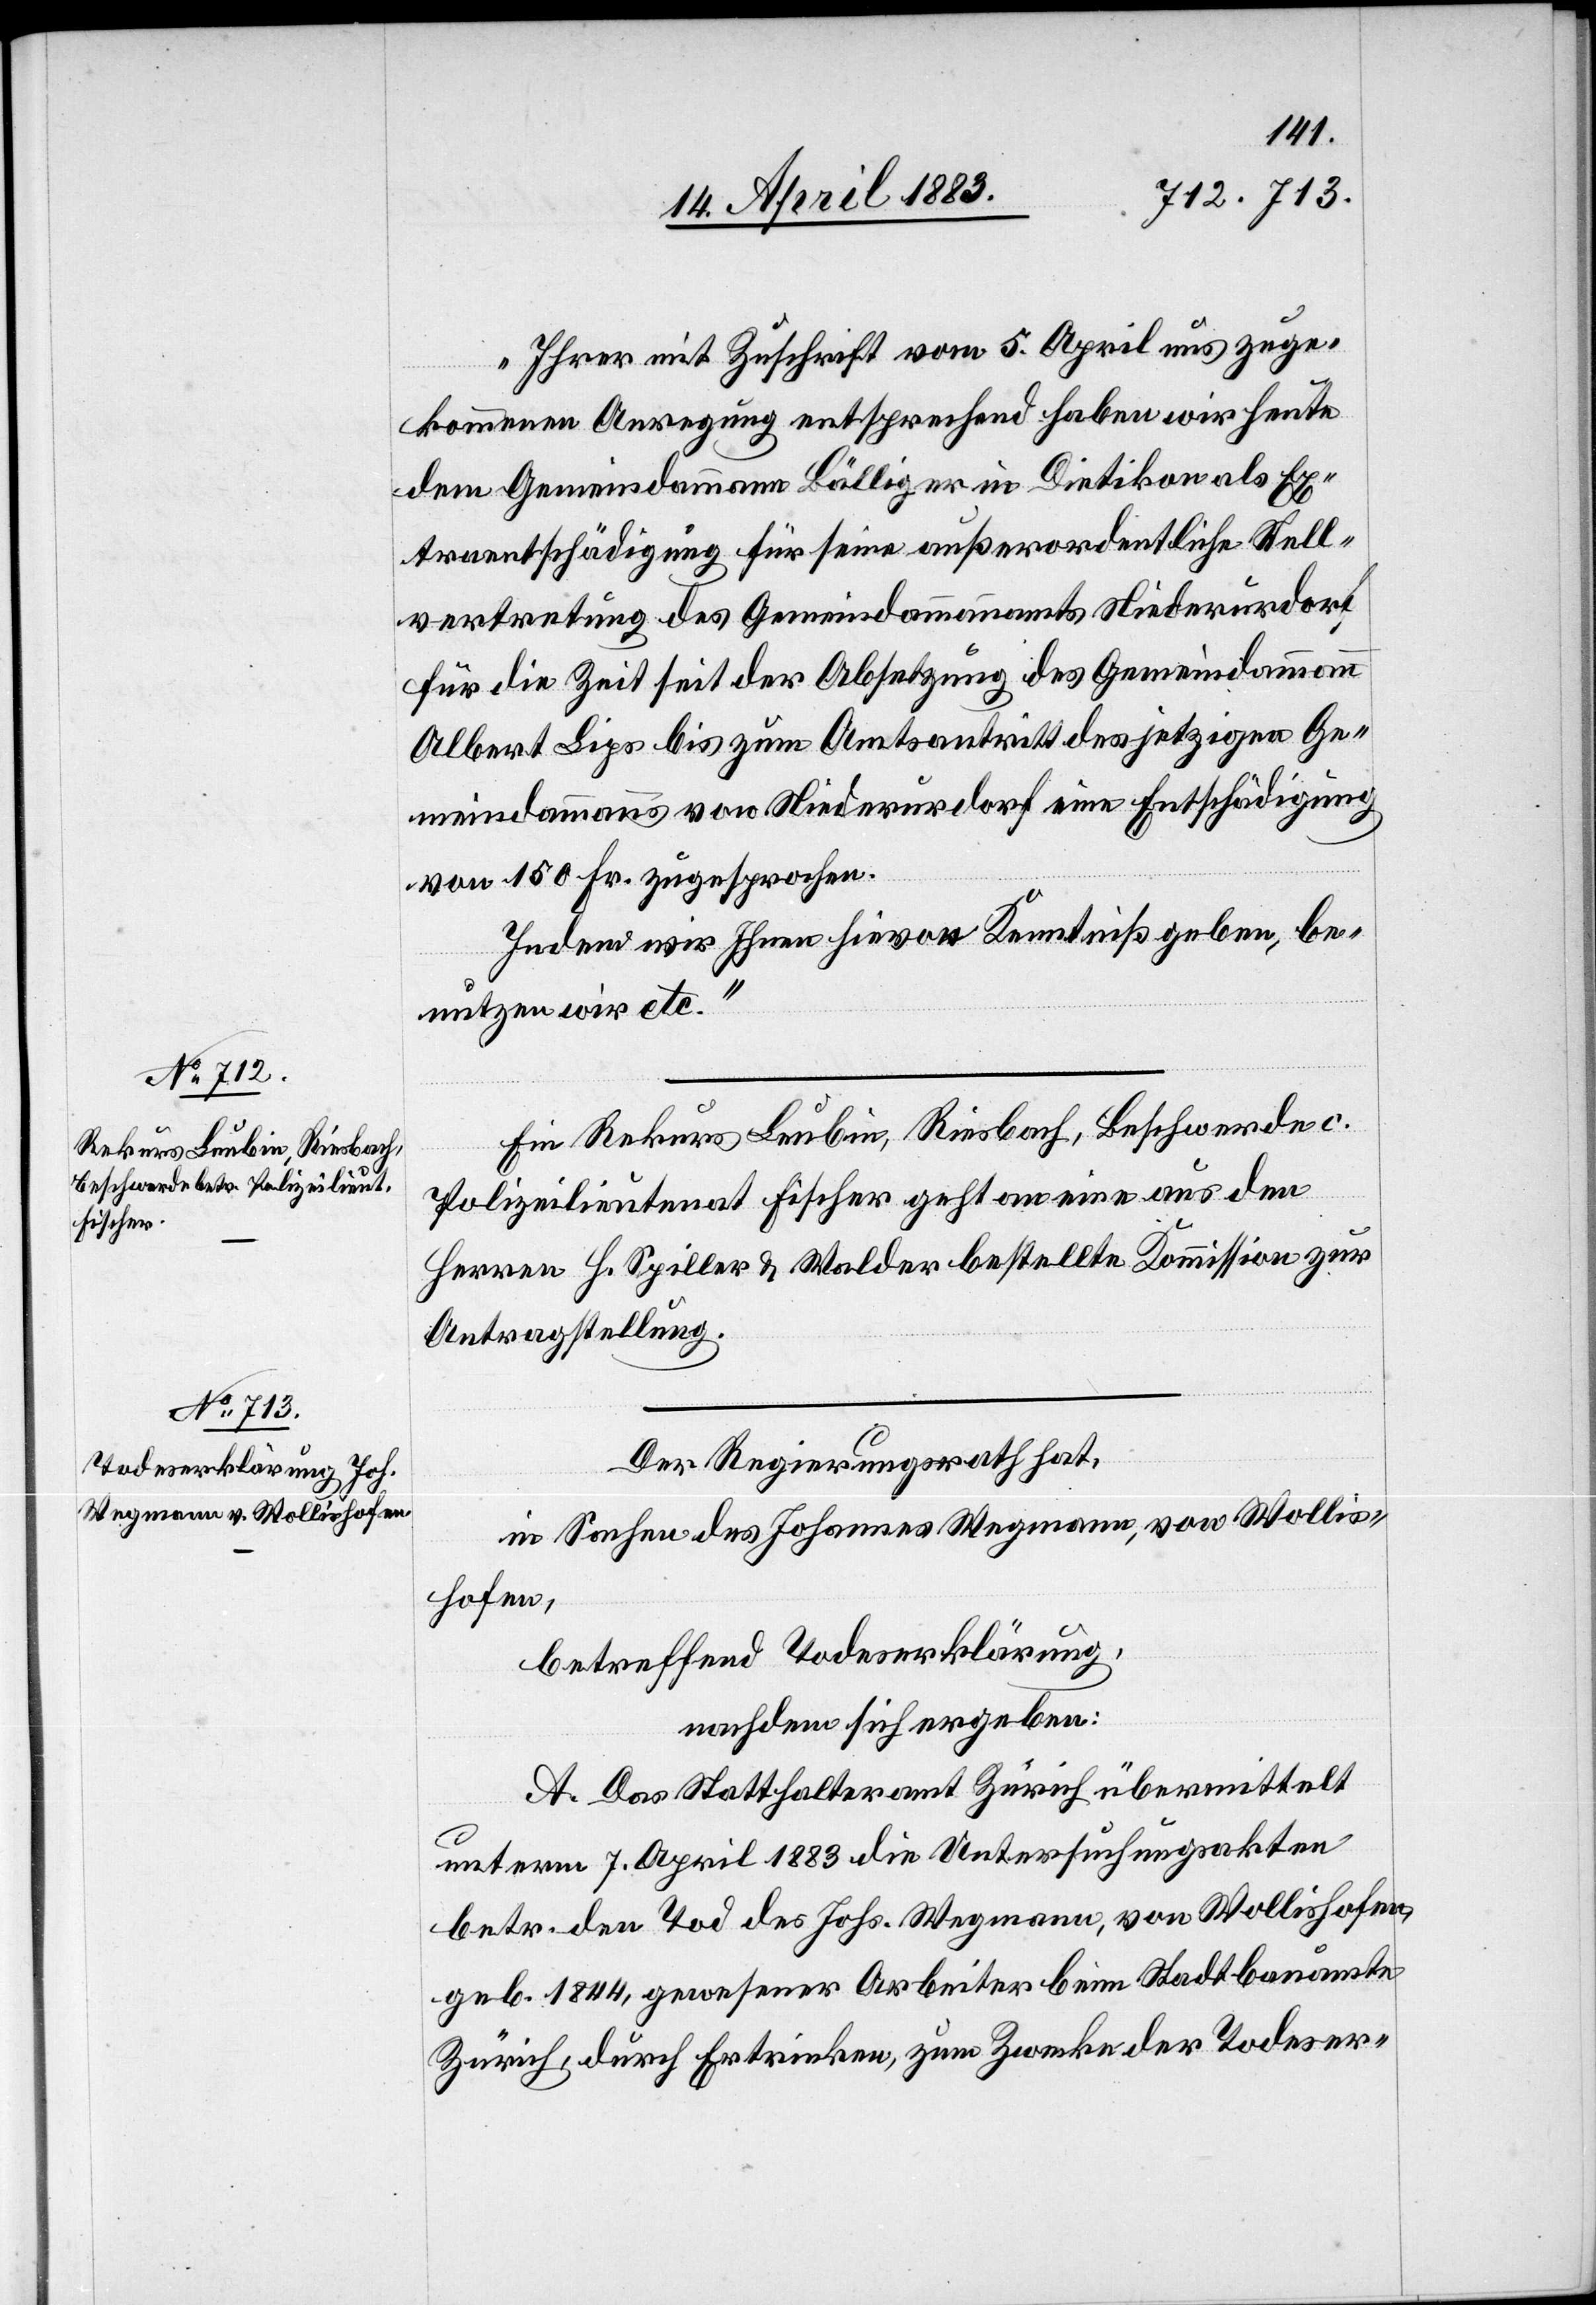
„Ihrer mit Zuschrift vom 5. April uns zuge¬
kommene Anregung entsprechend haben wir heute
dem Gemeindammann Bälliger in Dietikon als Ex¬
traentschädigung für seine außerordentliche Stell¬
vertretung des Gemeindammannamts Niederurdorf
für die Zeit seit der Absetzung des Gemeindammann
Albert Lips bis zum Amtsantritt des jetzigen Ge¬
meindammanns von Niederurdorf eine Entschädigung
von 150 Fr. zugesprochen.
Indem wir Ihnen hievon Kenntniß geben, be¬
nutzen wir etc.“
Ein Rekurs Leubin, Riesbach, Beschwerde c.
Polizeilieutenant Fischer geht an eine aus den
Herren H. Spiller & Walder bestellte Kommission zur
Antragstellung.
Der Regierungsrath hat,
in Sachen des Johannes Wegmann, von Wollis¬
hofen,
betreffend Todeserklärung,
nachdem sich ergeben:
A. Das Statthalteramt Zürich übermittelt
unterm 7. April 1883 die Untersuchungsakten
betr. den Tod des Johs. Wegmann, von Wollishofen,
geb. 1844, gewesener Arbeiter beim Stadtbauamte
Zürich, durch Ertrinken, zum Zwecke der Todeser-